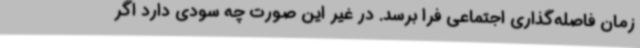
زمان فاصله‌گذاری اجتماعی فرا برسد. در غیر این صورت چه سودی دارد اگر